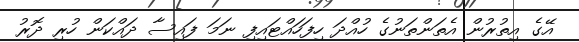
އޭގެ އިތުރުން އެތަންތަނުގެ ހުއްދަ ހިފަހައްޓައިފި ނަމަ ފައިސާ ދައްކަން ހުރި ދޮރު